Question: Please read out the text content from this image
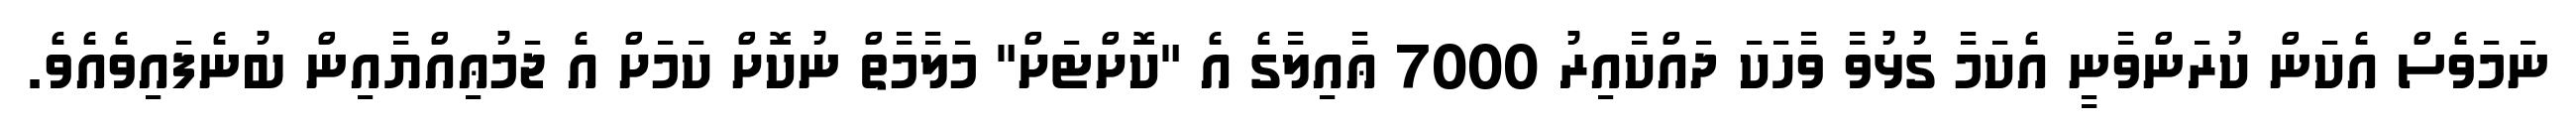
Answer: ނަމަވެސް އެކަން ކުރަންވާނީ އެކަމާ ގުޅުވާ ވާހަކަ ދައްކާއިރު 7000 ޢާއިލާގެ އެ "ކޮށްޓަށް" މަލާމާތް ނުކޮށް ކަމަށް އެ ޖަމުޢިއްޔާއިން ބުނެފައިވެއެވެ.